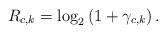
LaTeX: \begin{align*} R_{c,k}=\log_2\left(1+\gamma_{c,k}\right).\end{align*}